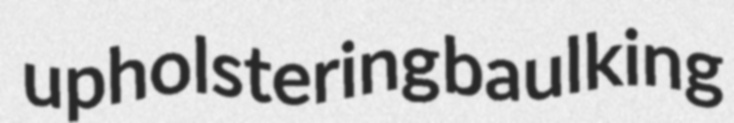
upholstering baulking